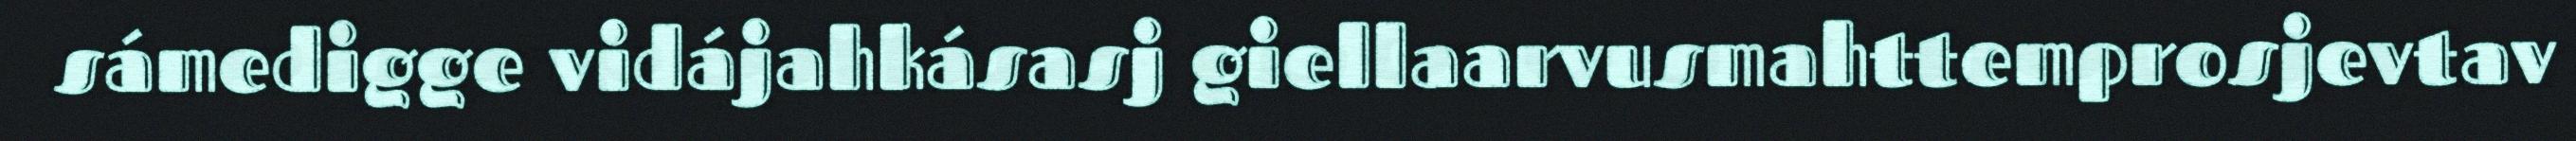
sámedigge vidájahkásasj giellaarvusmahttemprosjevtav